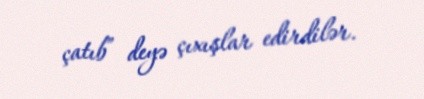
çatıb” deyə çıxışlar edirdilər.